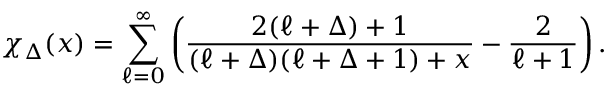
\chi _ { \Delta } ( x ) = \sum _ { \ell = 0 } ^ { \infty } \left( \frac { 2 ( \ell + \Delta ) + 1 } { ( \ell + \Delta ) ( \ell + \Delta + 1 ) + x } - \frac { 2 } { \ell + 1 } \right) .